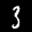
Label: 3